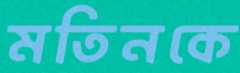
মতিনকে